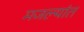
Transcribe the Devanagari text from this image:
मजल्यांत